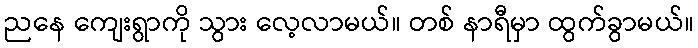
ညနေ ကျေးရွာကို သွား လေ့လာမယ်။ တစ် နာရီမှာ ထွက်ခွာမယ်။